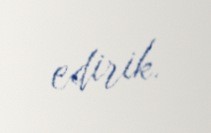
edirik.